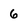
Character: 6